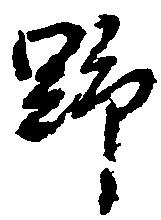
野